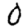
Digit: 0